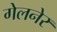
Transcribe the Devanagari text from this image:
गेलनेर